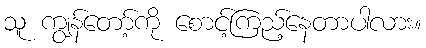
သူ ကျွန်တော့်ကို စောင့်ကြည့်နေတာပါလား။